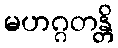
မဟဂ္ဂတန္တိ